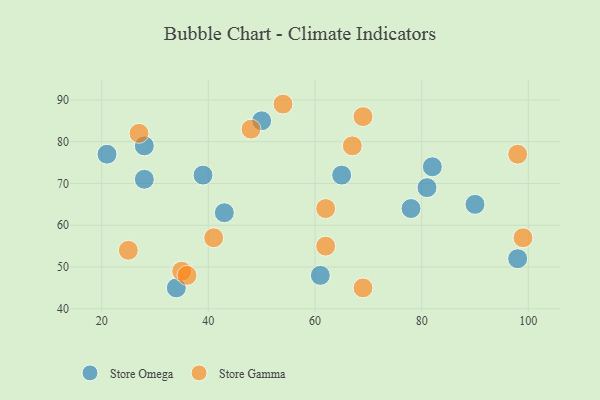
{"axis": {"x": "GDP", "y": "Life Expectancy"}, "legend": ["Store Gamma", "Store Omega"], "data": [{"x": "90", "y": 65, "type": "Store Omega"}, {"x": "34", "y": 45, "type": "Store Omega"}, {"x": "28", "y": 71, "type": "Store Omega"}, {"x": "78", "y": 64, "type": "Store Omega"}, {"x": "81", "y": 69, "type": "Store Omega"}, {"x": "65", "y": 72, "type": "Store Omega"}, {"x": "50", "y": 85, "type": "Store Omega"}, {"x": "28", "y": 79, "type": "Store Omega"}, {"x": "82", "y": 74, "type": "Store Omega"}, {"x": "21", "y": 77, "type": "Store Omega"}, {"x": "39", "y": 72, "type": "Store Omega"}, {"x": "61", "y": 48, "type": "Store Omega"}, {"x": "43", "y": 63, "type": "Store Omega"}, {"x": "98", "y": 52, "type": "Store Omega"}, {"x": "69", "y": 86, "type": "Store Gamma"}, {"x": "48", "y": 83, "type": "Store Gamma"}, {"x": "41", "y": 57, "type": "Store Gamma"}, {"x": "25", "y": 54, "type": "Store Gamma"}, {"x": "99", "y": 57, "type": "Store Gamma"}, {"x": "62", "y": 55, "type": "Store Gamma"}, {"x": "35", "y": 49, "type": "Store Gamma"}, {"x": "36", "y": 48, "type": "Store Gamma"}, {"x": "98", "y": 77, "type": "Store Gamma"}, {"x": "27", "y": 82, "type": "Store Gamma"}, {"x": "67", "y": 79, "type": "Store Gamma"}, {"x": "69", "y": 45, "type": "Store Gamma"}, {"x": "54", "y": 89, "type": "Store Gamma"}, {"x": "62", "y": 64, "type": "Store Gamma"}]}